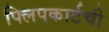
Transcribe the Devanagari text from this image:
फ्लिपकार्टची